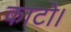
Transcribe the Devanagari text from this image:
काटो।